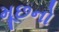
મૂછનો